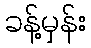
ခန့်မှန်း